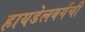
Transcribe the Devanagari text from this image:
हायडेलबर्गची